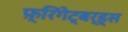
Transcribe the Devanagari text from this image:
फ़्रिगेट्बर्ड्स